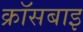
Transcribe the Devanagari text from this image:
क्रॉसबाइ